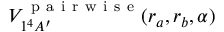
V _ { 1 ^ { 4 } A ^ { \prime } } ^ { \mathrm { ~ p ~ a ~ i ~ r ~ w ~ i ~ s ~ e ~ } } ( r _ { a } , r _ { b } , \alpha )